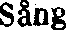
Sång